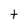
Character: t